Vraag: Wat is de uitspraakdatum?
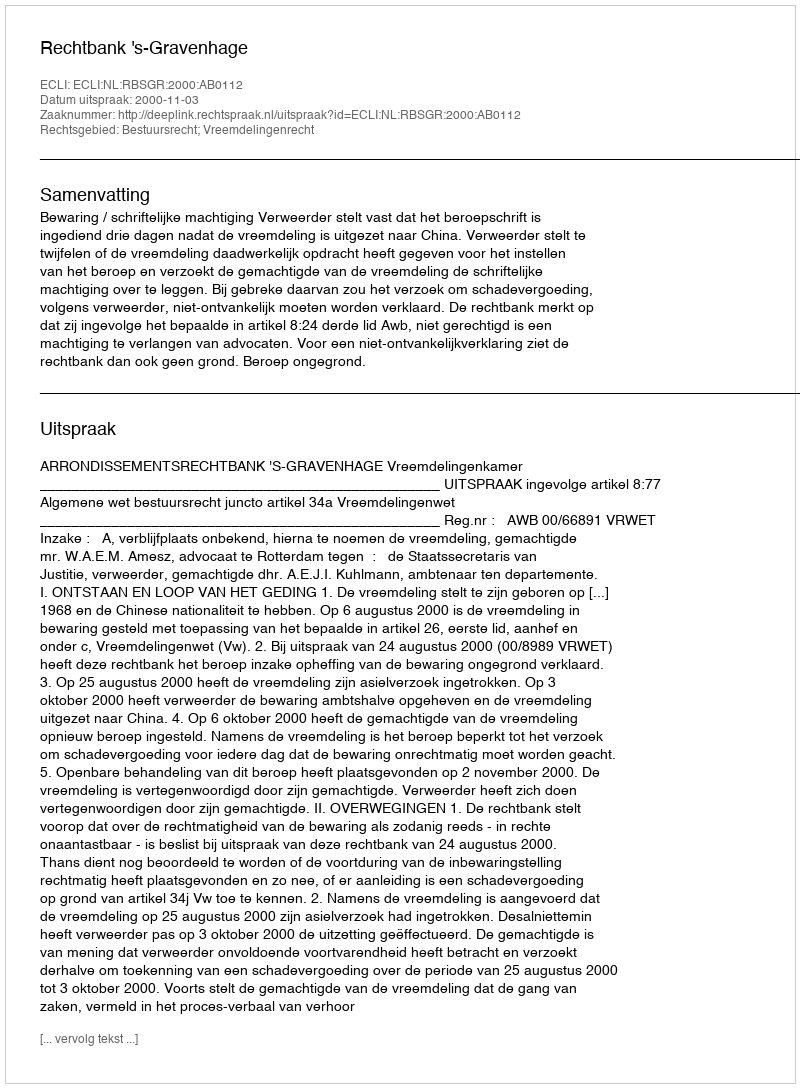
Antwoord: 2000-11-03